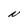
Character: N